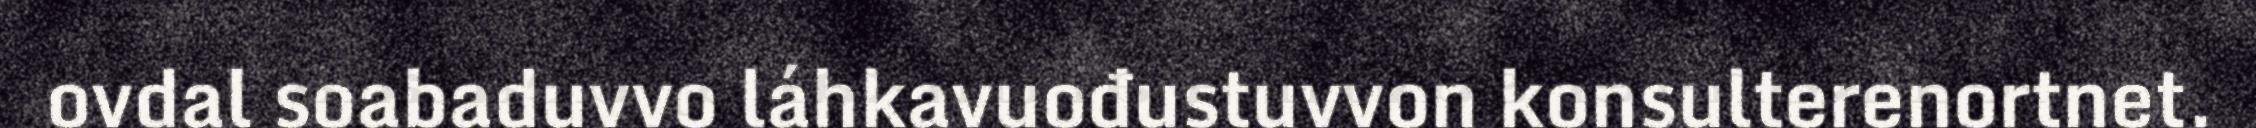
ovdal soabaduvvo láhkavuođustuvvon konsulterenortnet.